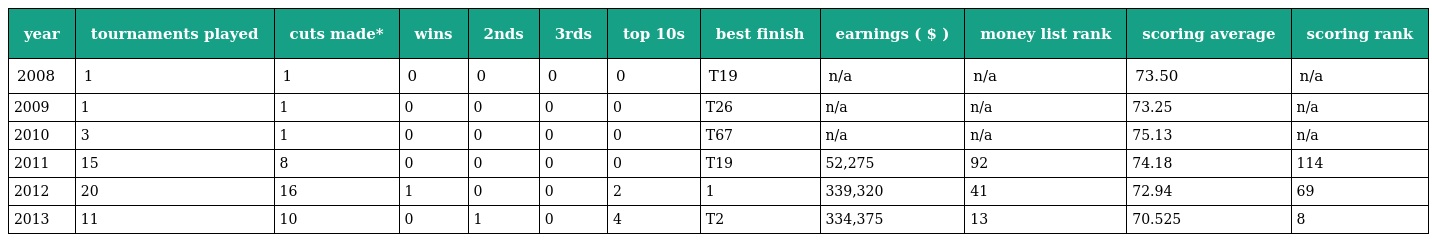
| year | tournaments played | cuts made* | wins | 2nds | 3rds | top 10s | best finish | earnings ( $ ) | money list rank | scoring average | scoring rank |
 | --- | --- | --- | --- | --- | --- | --- | --- | --- | --- | --- | --- |
 | 2008 | 1 | 1 | 0 | 0 | 0 | 0 | T19 | n/a | n/a | 73.50 | n/a |
 | 2009 | 1 | 1 | 0 | 0 | 0 | 0 | T26 | n/a | n/a | 73.25 | n/a |
 | 2010 | 3 | 1 | 0 | 0 | 0 | 0 | T67 | n/a | n/a | 75.13 | n/a |
 | 2011 | 15 | 8 | 0 | 0 | 0 | 0 | T19 | 52,275 | 92 | 74.18 | 114 |
 | 2012 | 20 | 16 | 1 | 0 | 0 | 2 | 1 | 339,320 | 41 | 72.94 | 69 |
 | 2013 | 11 | 10 | 0 | 1 | 0 | 4 | T2 | 334,375 | 13 | 70.525 | 8 |